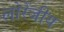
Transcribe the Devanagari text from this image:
लोरेंजीय